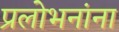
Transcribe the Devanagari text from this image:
प्रलोभनांना